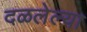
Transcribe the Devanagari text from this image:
दळलेल्या